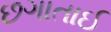
છગાતાઈ